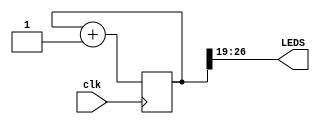
module count(input clk,output [7:0] LEDS);

reg [26:0] count;
assign LEDS = count[26:19];

always @(posedge clk) begin
    count <= count + 1;
end

endmodule